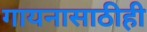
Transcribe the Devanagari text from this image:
गायनासाठीही